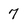
Character: 7